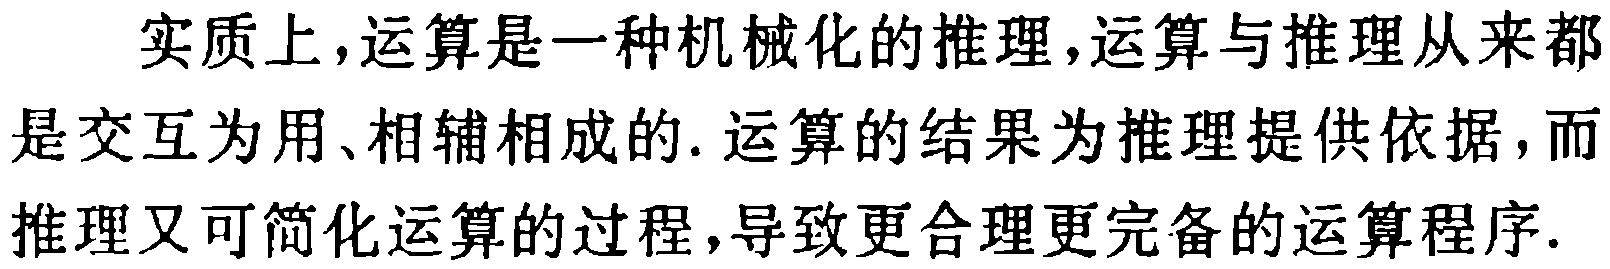
实质上，运算是一种机械化的推理，运算与推理从来都是交互为用、相辅相成的. 运算的结果为推理提供依据，而推理又可简化运算的过程，导致更合理更完备的运算程序.